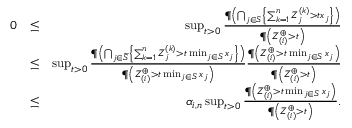
\begin{array} { r l r } { 0 } & { \leq } & { \operatorname* { s u p } _ { t > 0 } \frac { \P \left( \bigcap _ { j \in S } \left\{ \sum _ { k = 1 } ^ { n } Z _ { j } ^ { ( k ) } > t x _ { j } \right\} \right) } { \P \left( Z _ { ( i ) } ^ { \oplus } > t \right) } } \\ & { \leq } & { \operatorname* { s u p } _ { t > 0 } \frac { \P \left( \bigcap _ { j \in \widetilde S } \left\{ \sum _ { k = 1 } ^ { n } Z _ { j } ^ { ( k ) } > t \operatorname* { m i n } _ { j \in S } x _ { j } \right\} \right) } { \P \left( Z _ { ( i ) } ^ { \oplus } > t \operatorname* { m i n } _ { j \in S } x _ { j } \right) } \frac { \P \left( Z _ { ( i ) } ^ { \oplus } > t \operatorname* { m i n } _ { j \in S } x _ { j } \right) } { \P \left( Z _ { ( i ) } ^ { \oplus } > t \right) } } \\ & { \leq } & { \alpha _ { i , n } \operatorname* { s u p } _ { t > 0 } \frac { \P \left( Z _ { ( i ) } ^ { \oplus } > t \operatorname* { m i n } _ { j \in S } x _ { j } \right) } { \P \left( Z _ { ( i ) } ^ { \oplus } > t \right) } . } \end{array}